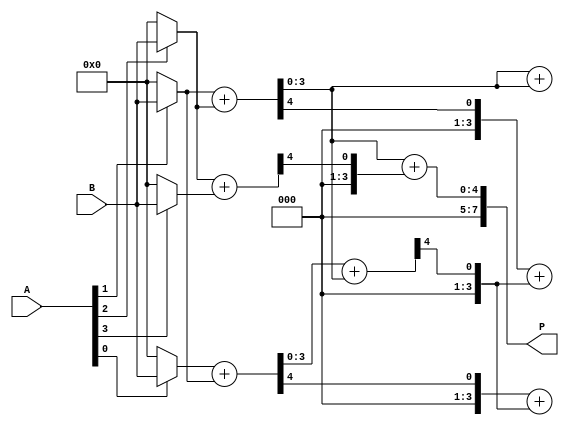
module dadda_multiplier #(parameter N = 4) (
    input [N-1:0] A,
    input [N-1:0] B,
    output reg [2*N-1:0] P
);

    // Partial product generation
    wire [N-1:0] pp [0:N-1]; // Partial products
    genvar i, j;
    generate
        for (i = 0; i < N; i = i + 1) begin : pp_gen
            assign pp[i] = A[i] ? B : {N{1'b0}};
        end
    endgenerate

    // Reduction tree
    wire [N-1:0] sum [0:N-1]; // Sums at each stage
    wire [N-1:0] carry [0:N-1]; // Carries at each stage
    wire [N-1:0] temp_sum, temp_carry;

    // Stage 1: Combine partial products
    generate
        for (i = 0; i < N; i = i + 1) begin : stage1
            if (i < N-1) begin
                assign {carry[i], sum[i]} = pp[i] + pp[i+1];
            end else begin
                assign sum[i] = pp[i];
                assign carry[i] = 0;
            end
        end
    endgenerate

    // Stage 2: Combine results from stage 1
    generate
        for (i = 0; i < N-1; i = i + 1) begin : stage2
            if (i < N-2) begin
                assign {temp_carry, temp_sum} = sum[i] + sum[i+1];
                assign carry[i+1] = carry[i] + temp_carry;
                assign sum[i+1] = temp_sum;
            end else begin
                assign sum[i+1] = sum[i];
                assign carry[i+1] = carry[i];
            end
        end
    endgenerate

    // Final addition
    always @(*) begin
        P = sum[N-1] + carry[N-1];
    end

endmodule